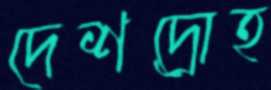
দেশদ্রোহ